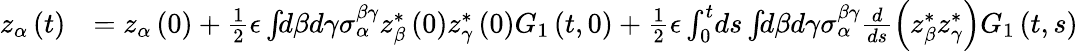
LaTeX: \begin{array}{rl}{z_{\alpha}\left(t\right)}&{=z_{\alpha}\left(0\right)+\frac{1}{2}\epsilon\int\! \! d\beta d\gamma\sigma_{\alpha}^{\beta\gamma}z_{\beta}^{*}\left(0\right)z_{\gamma}^{*}\left(0\right)G_{1}\left(t,0\right)+\frac{1}{2}\epsilon\int_{0}^{t}\! ds\int\! \! d\beta d\gamma\sigma_{\alpha}^{\beta\gamma}\frac{d}{ds}\left(z_{\beta}^{*}z_{\gamma}^{*}\right)G_{1}\left(t,s\right)}\end{array}